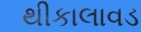
થીકાલાવડ